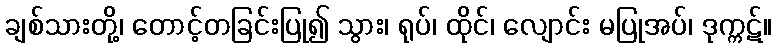
ချစ်သားတို့၊ တောင့်တခြင်းပြု၍ သွား၊ ရုပ်၊ ထိုင်၊ လျောင်း မပြုအပ်၊ ဒုက္ကဋ်။